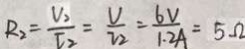
R _ { 2 } = \frac { V _ { 2 } } { I _ { 2 } } = \frac { V } { I _ { 2 } } = \frac { 6 V } { 1 . 2 A } = 5 \Omega